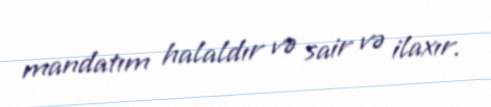
mandatım halaldır və sair və ilaxır.